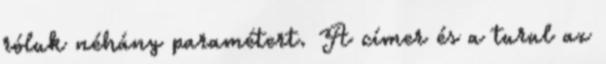
róluk néhány paramétert. A címer és a turul az